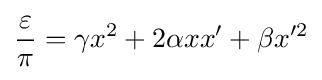
{\frac {\varepsilon }{\pi }}=\gamma x^{2}+2\alpha xx'+\beta x'^{2}